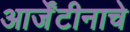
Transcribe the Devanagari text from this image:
आर्जेंटीनाचे